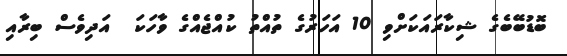
ބޮޑުބޭބެގެ ޝިކާރައަކަށްވި 10 އަހަރުގެ ތުއްތު ކުއްޖެއްގެ ވާހަކަ  އަދިވެސް ބިރާއި